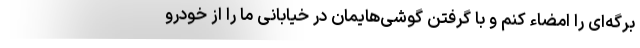
برگه‌ای را امضاء کنم و با گرفتن گوشی‌هایمان در خیابانی ما را از خودرو